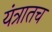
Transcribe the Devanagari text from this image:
यंत्रातच